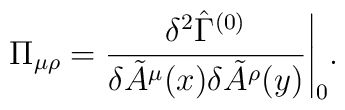
\Pi_{\mu\rho} = \frac{\delta^2\hat{\Gamma}^{(0)}}                {\delta \tilde{A}^\mu(x)\delta\tilde{A}^\rho(y)} \Bigg |_0.